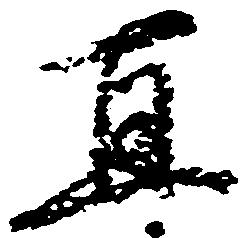
直